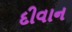
દીવાન